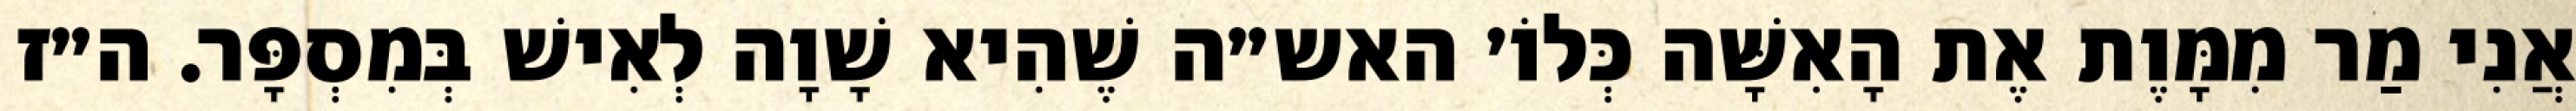
אֲנִי מַר מִמָּוֶת אֶת הָאִשָּׁה כְּלוֹ׳ האש״ה שֶׁהִיא שָׁוָה לְאִישׁ בְּמִסְפָּר. ה״ז